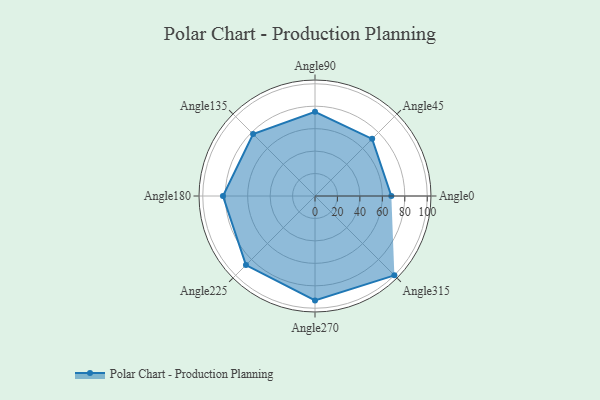
{"axis": {"x": "Angle", "y": "Radius"}, "legend": [""], "data": [{"x": "Angle0", "y": 68.0, "type": ""}, {"x": "Angle45", "y": 72.0, "type": ""}, {"x": "Angle90", "y": 75.0, "type": ""}, {"x": "Angle135", "y": 78.0, "type": ""}, {"x": "Angle180", "y": 82.0, "type": ""}, {"x": "Angle225", "y": 87.0, "type": ""}, {"x": "Angle270", "y": 93.0, "type": ""}, {"x": "Angle315", "y": 100.0, "type": ""}]}